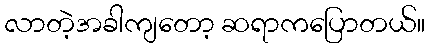
လာတဲ့အခါကျတော့ ဆရာကပြောတယ်။